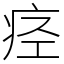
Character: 痉